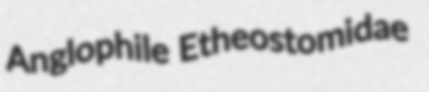
Anglophile Etheostomidae